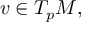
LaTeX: v \in T _ { p } M ,